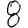
Digit: 8